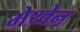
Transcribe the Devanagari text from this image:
मेथ्वेन